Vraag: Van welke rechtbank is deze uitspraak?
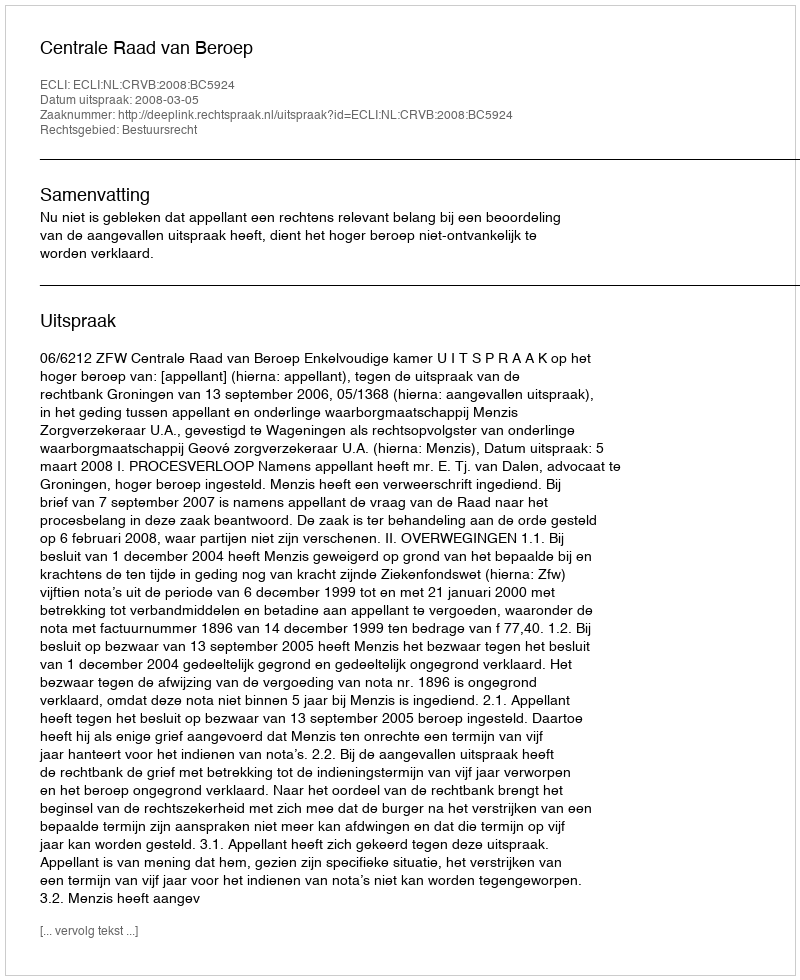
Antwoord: Centrale Raad van Beroep